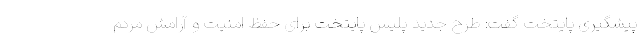
پیشگیری پایتخت گفت: طرح جدید پلیس پایتخت برای حفظ امنیت و آرامش مردم